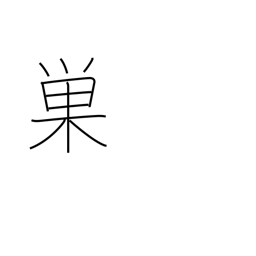
Meaning: cobweb